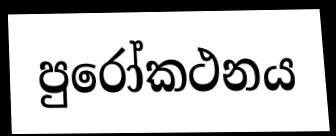
පුරෝකථනය